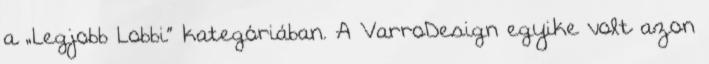
a „Legjobb Lobbi” kategóriában. A VarroDesign egyike volt azon